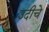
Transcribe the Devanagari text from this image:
उदीचे